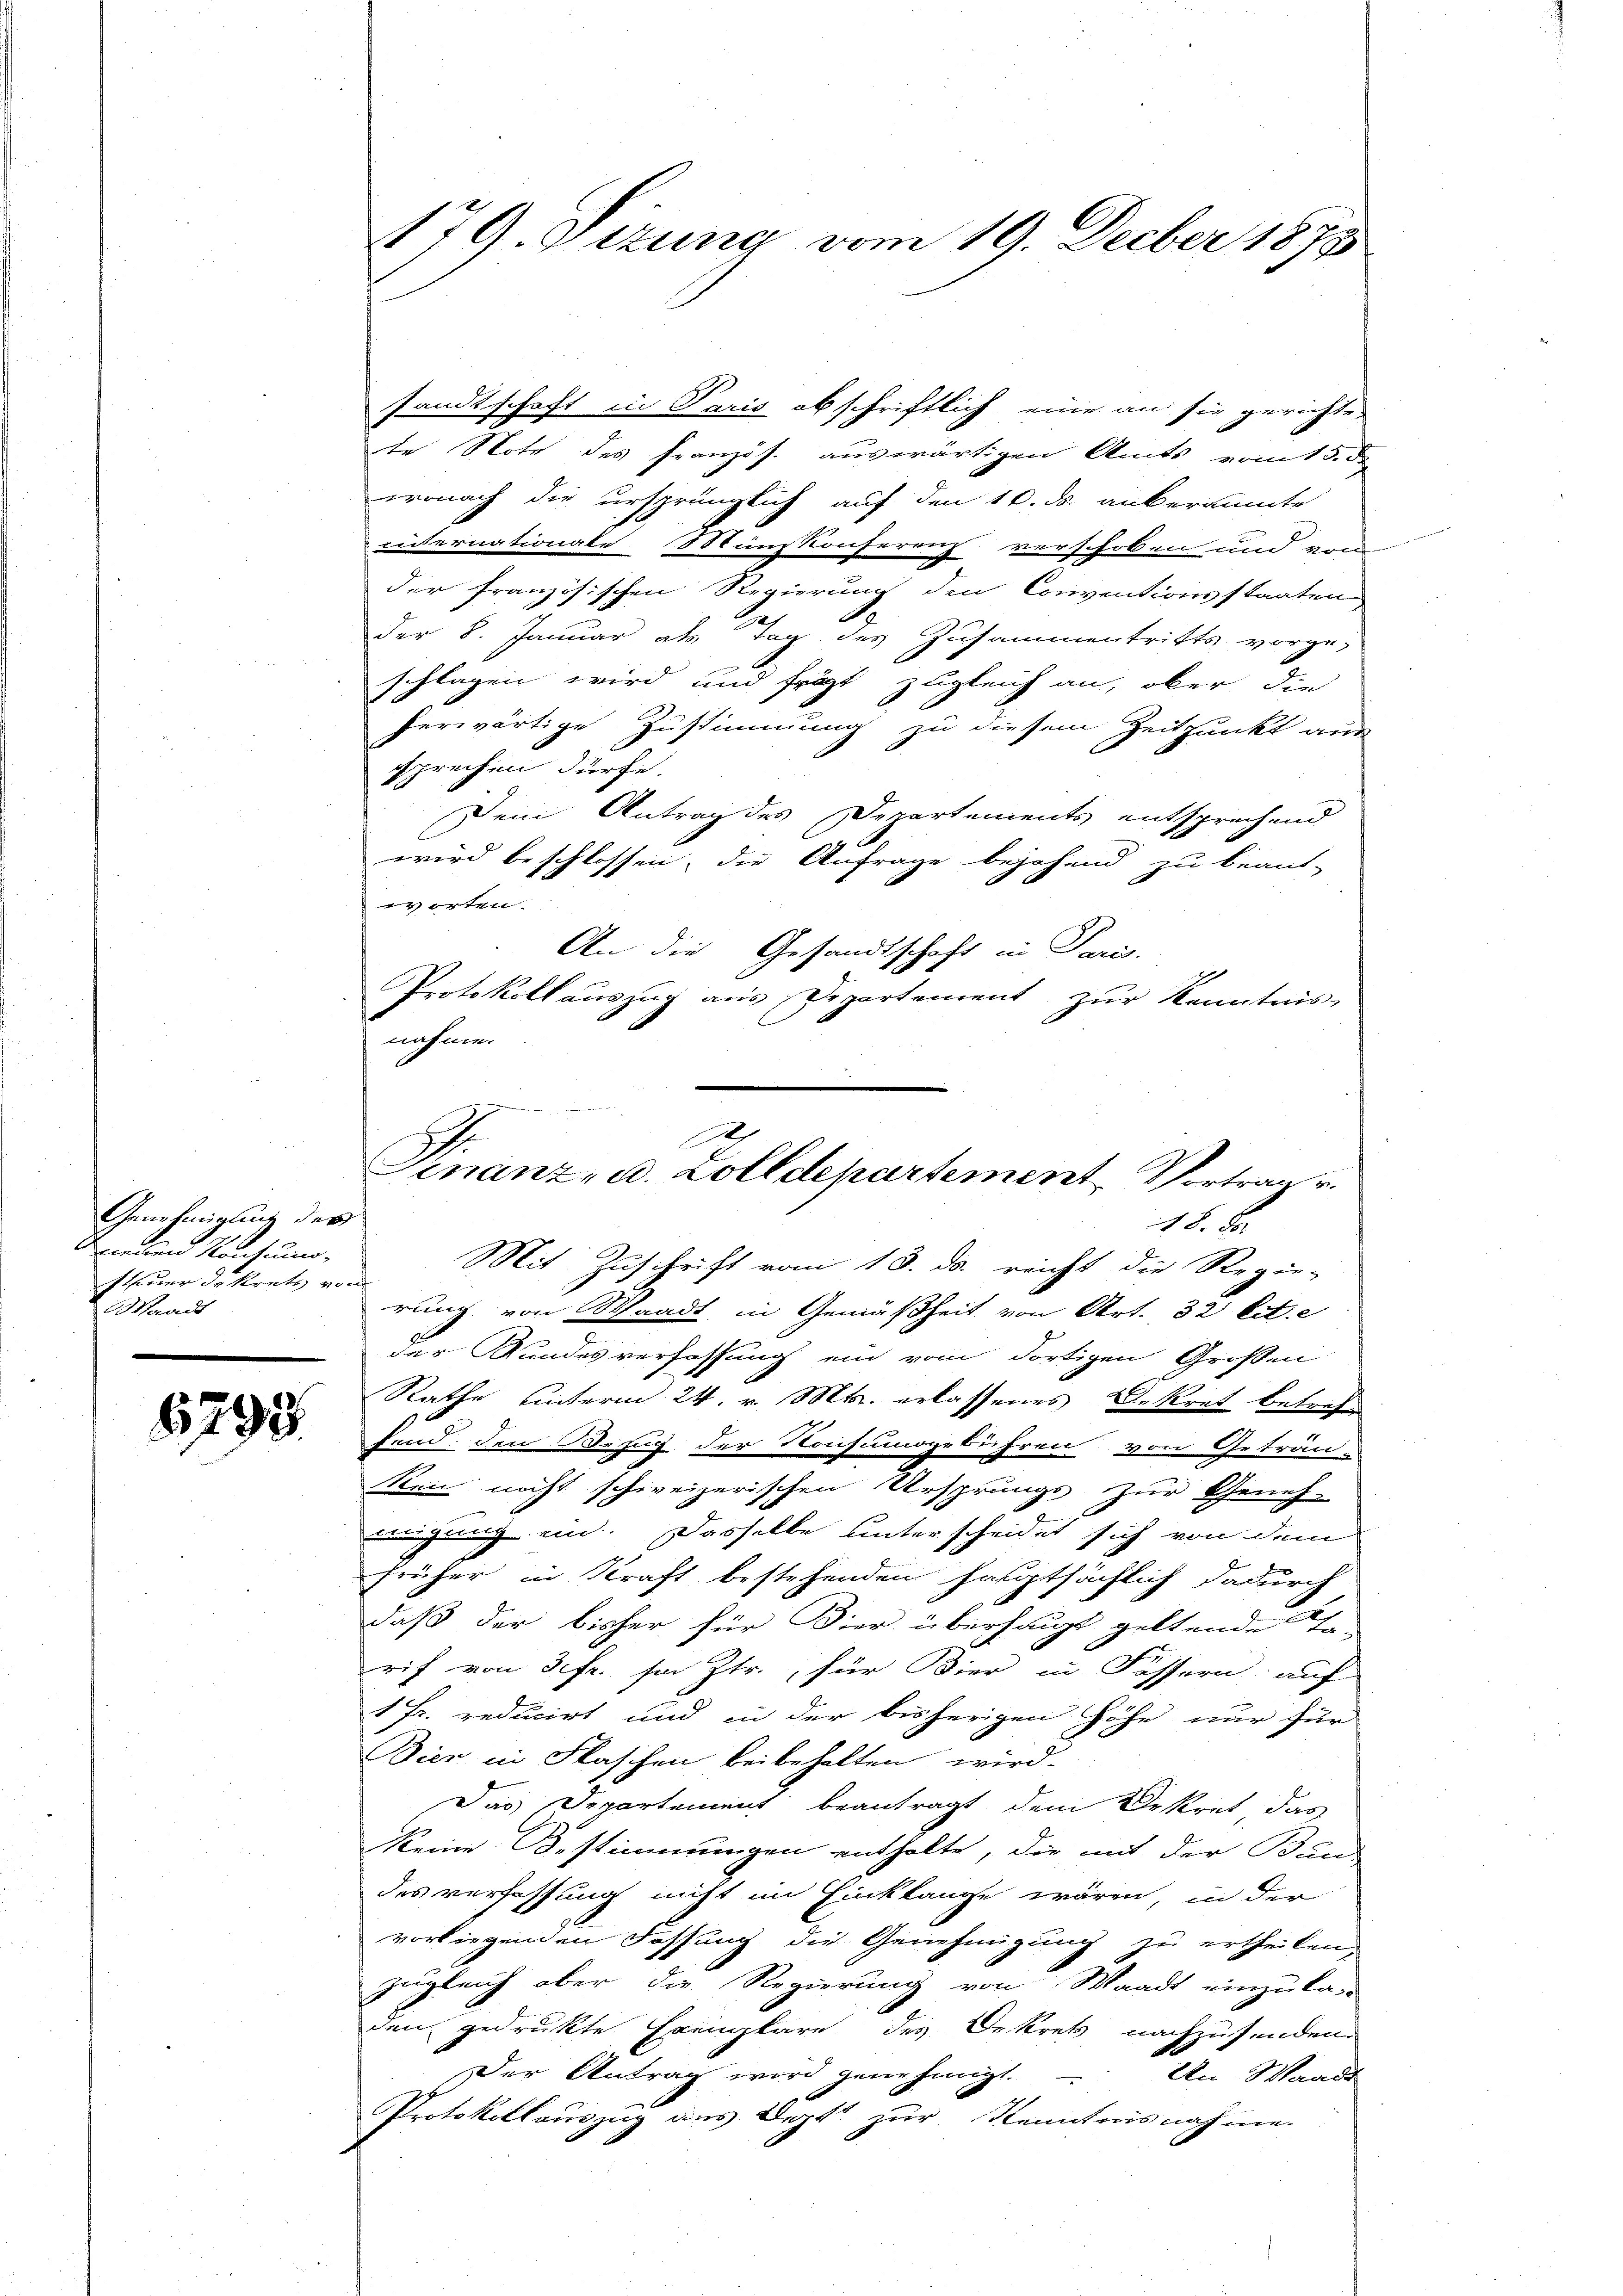
Genehmigung der
wieden Konsum,
steuer dekrets von
Waadt

6793.

179. Oizung vom 19. Decber 1878

sandtschaft in Paris obschriftlich eine an sie gerichte-
te Note des französ. auswärtigen Amts vom 15. d.
wonach die ursprünglich auf den 10. ds. anberaumte
internationale Münzkonferenz verschoben und von
der französischen Regierung den Conventionsstaaten
der 8. Januar als Tag des Zusammentritts vorge-
schlagen wird und frägt zugleich an, ober die
herwärtige Zustimmung zu diesem Zeitpunkt aus
sprechen dürfe.
Dem Antrag des Departements entsprechend
wird beschlossen, die Anfrage bejahend zu beant-
vorten.
An die Gesandtschaft in Paris.
Protokoll auszug aus Departement zur Kenntnis-
nahme.
Mit Zuschrift vom 13. ds reicht die Regie-
rung von Waadt, in Gemäßheit von Art. 32 lit. e
der Kundesverfassung ein vom dortigen Großen
Rathe unterm 24. v. Mts. erlassenes Dekret betreffend den Bezug der Nochumsgebühren von Geträu-
ken nicht schweizerischen Ursprungs zur Geneh-
migung ein. Dasselbe unterscheidet sich von dem
früher in Kraft bestehenden hauptsächlich dadurch
daß der bisher für Bier überhaupt geltende Ge-
rif von 3 fr. so Ztr., für Bier in Fässern auf
1 Fr. reducirt und in der bisherigen Höhe nur für
Bier in Flaschen beibehalten wird.
Das Departement beantragt dem Dekret das
Keine Bestimmungen enthalte, die mit der Bundes verfassung nicht im Einklange wären, in der
vorliegenden Fassung die Genehmigung zu ertheilen
zugleich aber die Regierung von Waadt einzula-
den gedrukte Exemplare des Dekrets nachzusenden.
Der Antrag wird genehmigt. An Waadt
Protokollauszug aus Deptt zur Kenntnisnahme.

demung ergerings einen
A
Finanz- u. Zolldepartement Vortrag v.
18. Fr.